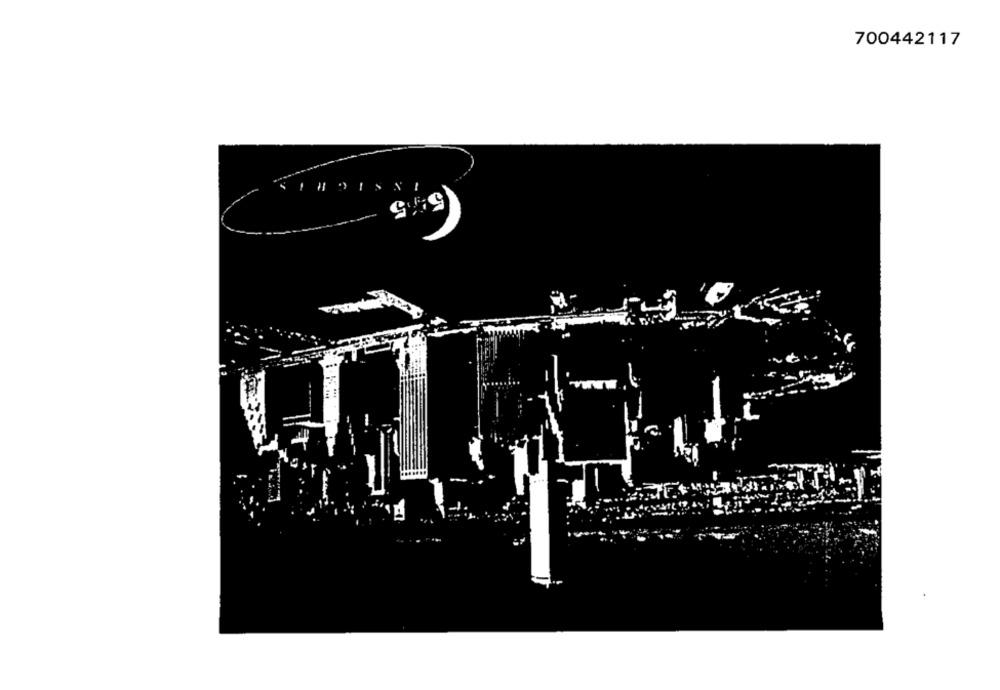
700442117